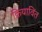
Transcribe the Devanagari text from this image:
क्रियाविंत